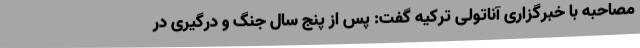
مصاحبه با خبرگزاری آناتولی ترکیه گفت: پس از پنج سال جنگ و درگیری در